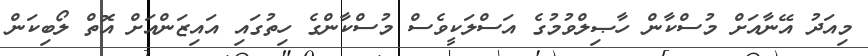
މިއަދު އޭނާއަށް މުސްކާން ހާޞިލްވުމުގެ އަސްލަކީވެސް މުސްކާންގެ ހިތުގައި އައިޒަންއަށް އޮތް ލޯބިކަން